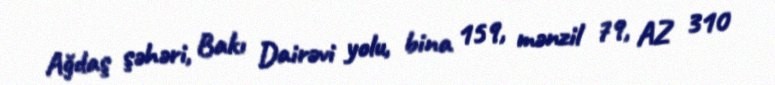
Ağdaş şəhəri, Bakı Dairəvi yolu, bina 159, mənzil 79, AZ 310